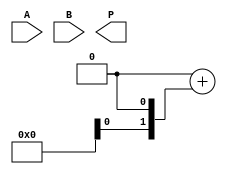
module VedicMultiplier #(parameter n = 4) (
    input [n-1:0] A, // First operand (n-bit input)
    input [n-1:0] B, // Second operand (n-bit input)
    output reg [2*n-1:0] P // Product of A and B (2n-bit output)
);
    
    // Partial product storage; an array of size 2n for temporary results
    reg [2*n-1:0] partial_product [0:n/2-1]; 

    integer i, j;

    always @(*) begin
        // Initialize product to zero
        P = 0;

        // Generating partial products
        for (i = 0; i < n/2; i = i + 1) begin
            for (j = 0; j < n/2; j = j + 1) begin
                // Calculate partial product for each 2-bit segment
                partial_product[i][(2*i+2+j)] = (A[2*i+1] & B[2*j+1]) ^ // A(i) & B(j)
                                                  (A[2*i] & B[2*j+1]) &  // A(i-1) & B(j) 
                                                  (A[2*i+1] & B[2*j]) &  // A(i) & B(j-1)
                                                  (A[2*i] & B[2*j]);    // A(i-1) & B(j-1)
            end
        end

        // Crosswise addition with carry generation
        for (i = 0; i < n/2; i = i + 1) begin
            if (i == 0) begin
                P[2*i +: 2] = partial_product[i][0 +: 2]; // Direct assignment for first part
            end else begin
                P[2*i +: 2] = P[2*i +: 2] + partial_product[i][0 +: 2]; // Add subsequent parts
            end
        end
    end
endmodule